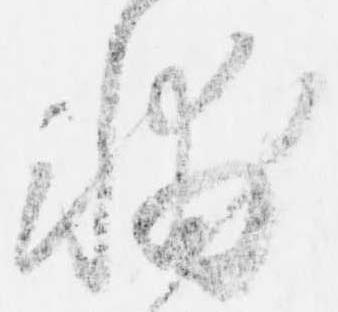
輔